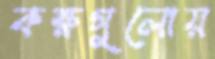
কক্ষগুলোয়